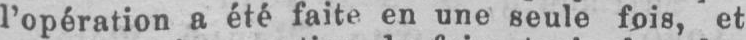
l’opération a été faite en une seule fois, et